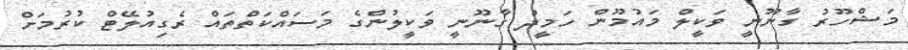
މަޝްހޫރު ގާނޫނީ ވަކީލް މައުމޫން ހަމީދު ގާނޫނީ ވަކީލުންގެ މަސައްކަތްތައް ރެގިއުލޭޓް ކުރުމަށް